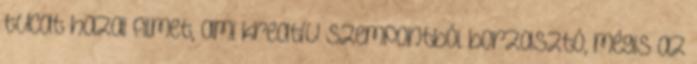
tucat hazai filmet, ami kreatív szempontból borzasztó, mégis az